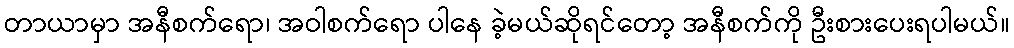
တာယာမှာ အနီစက်ရော၊ အဝါစက်ရော ပါနေ ခဲ့မယ်ဆိုရင်တော့ အနီစက်ကို ဦးစားပေးရပါမယ်။